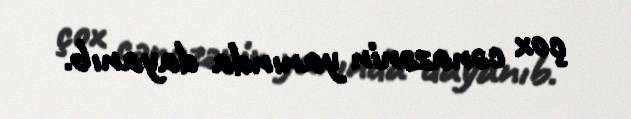
çox cənazənin yanında dayanıb.